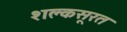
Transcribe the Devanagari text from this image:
शक्लसूरत